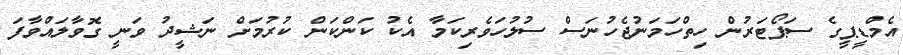
އެމްޑީޕީގެ ސަޕޯޓަރުން ހިތްހަމަނުޖެހުނަސް ސުލުހަވެރިކަމާ އެކު ކަންކަން ކުރުމަށް ނަޝީދު ވަނީ ގޮވާލައްވާފަ